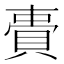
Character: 䝴